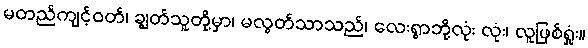
မတည်ကျင့်ဝတ်၊ ချွတ်သူတို့မှာ၊ မလွတ်သာသည်၊ လေးရွာဘို့လုံး လုံး၊ လူဖြစ်ရှုံး။